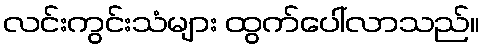
လင်းကွင်းသံများ ထွက်ပေါ်လာသည်။